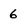
Character: 6